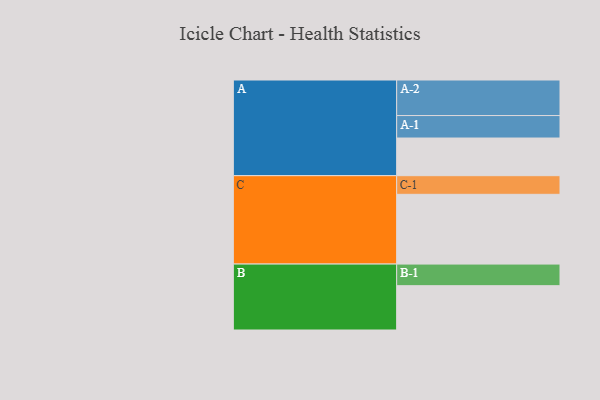
{"axis": {"x": "Segment", "y": "Value"}, "legend": ["", "A", "B", "C"], "data": [{"x": "A", "y": 305, "type": ""}, {"x": "B", "y": 359, "type": ""}, {"x": "C", "y": 565, "type": ""}, {"x": "A-1", "y": 182, "type": "A"}, {"x": "A-2", "y": 288, "type": "A"}, {"x": "B-1", "y": 175, "type": "B"}, {"x": "C-1", "y": 151, "type": "C"}]}